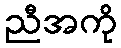
ညီအကို